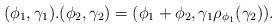
LaTeX: \begin{align*} (\phi_1, \gamma_1).(\phi_2,\gamma_2) = (\phi_1+\phi_2, \gamma_1\rho_{\phi_1}(\gamma_2)).\end{align*}